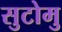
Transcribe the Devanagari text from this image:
सुटोमु